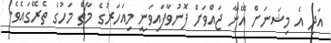
އަދި އެ މިޝަނަށް އޭނާ ޖައްވަށް ފޮނުވާފައިވަނީ މިއަހަރުގެ މާޗް މަހުގެ ތެރޭގައެވެ.